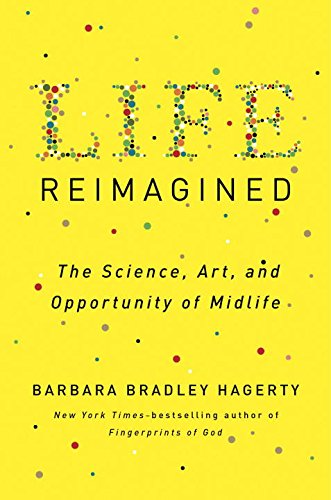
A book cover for Life Reimagined: The Science, Art, and Opportunity of Midlife; Barbara Bradley Hagerty; Self-Help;